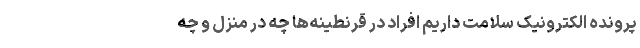
پرونده الکترونیک سلامت داریم افراد در قرنطینه‌ها چه در منزل و چه